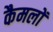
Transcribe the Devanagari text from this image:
कैमलों